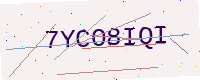
Text: 7YCO8IQI